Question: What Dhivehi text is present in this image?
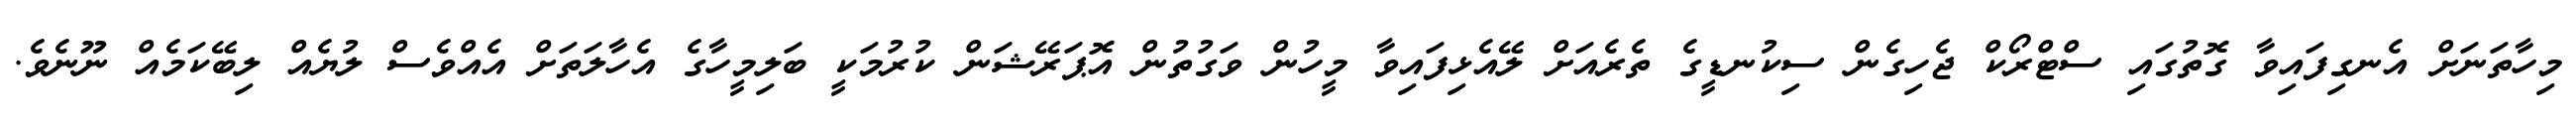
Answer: މިހާތަނަށް އެނގިފައިވާ ގޮތުގައި ސްޓްރޯކް ޖެހިގެން ސިކުނޑީގެ ތެރެއަށް ލޭއެޅިފައިވާ މީހުން ވަގުތުން އޮޕަރޭޝަން ކުރުމަކީ ބަލިމީހާގެ އެހާލަތަށް އެއްވެސް ލުޔެއް ލިބޭކަމެއް ނޫނެވެ.